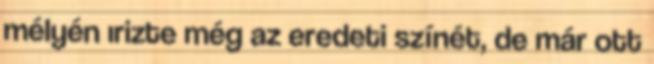
mélyén ırizte még az eredeti színét, de már ott